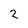
Character: 2